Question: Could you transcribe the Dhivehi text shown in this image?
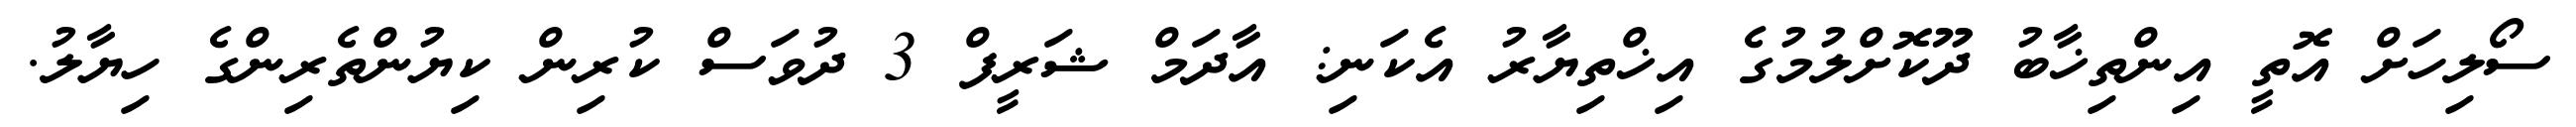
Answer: ސޯލިހަށް އޮތީ އިންތިޚާބު ދޫކޮށްލުމުގެ އިޚްތިޔާރު އެކަނި: އާދަމް ޝަރީފް 3 ދުވަސް ކުރިން ކިޔުންތެރިންގެ ހިޔާލު.